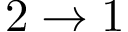
2 \rightarrow 1